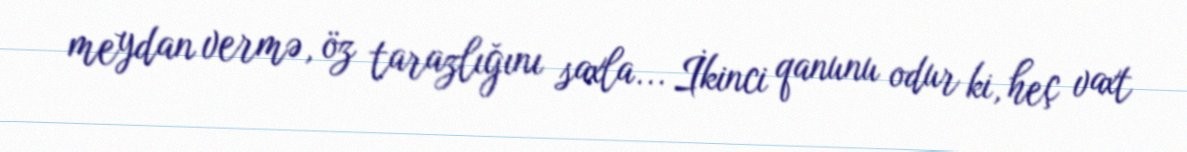
meydan vermə, öz tarazlığını saxla... İkinci qanunu odur ki, heç vaxt